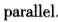
parallel .